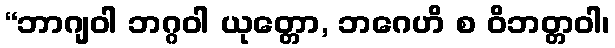
“ဘာဂျဝါ ဘဂ္ဂဝါ ယုတ္တော, ဘဂေဟိ စ ဝိဘတ္တဝါ၊